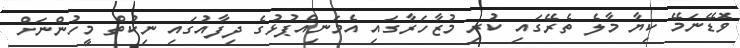
ވޮޑޭނަމޭ ކިޔާ މާލެ ތެރޭގައި ކުރި މުޒާހަރާގައި އެމަނިއްޕުޅުގެ ދިފާއުގައި ނިކުތް މީހުންނަށް